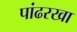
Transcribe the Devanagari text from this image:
पांढरखा